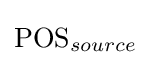
\mathrm {POS} _{source}